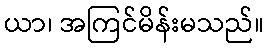
ယာ၊ အကြင်မိန်းမသည်။